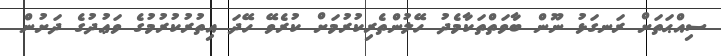
ސިއްޙަތަށް ރަނގަޅު ނޫން ބާވަތްތަކާމެދު ހޭލުންތެރިކުރުމަށް ކުރެވޭ ހޭދަ އިތުރުކުރުމުގެ ވަޢުދުގެ ދަށުން